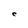
Character: e